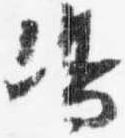
嶋